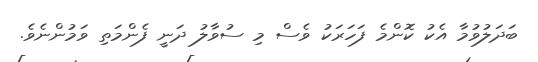
ބަދަލުވުމާ އެކު ކޮންމެ ފަހަރަކު ވެސް މި ސުވާލު ދަނީ ފެންމަތި ވަމުންނެވެ.